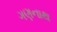
ગણનાથ